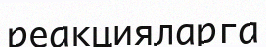
реакцияларга